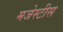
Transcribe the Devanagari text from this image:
मजेस्टीस